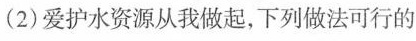
(2)爱护水资源从我做起，下列做法可行的